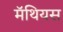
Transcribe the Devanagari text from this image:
मॅथियस